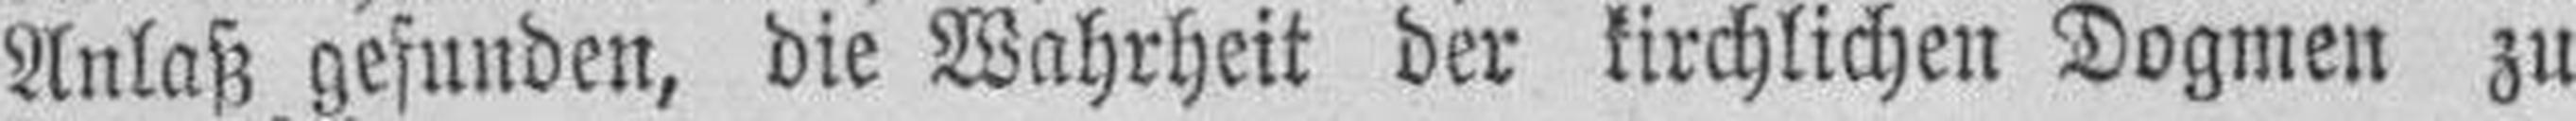
Anlaß gefunden, die Wahrheit der kirchlichen Dogmen zu